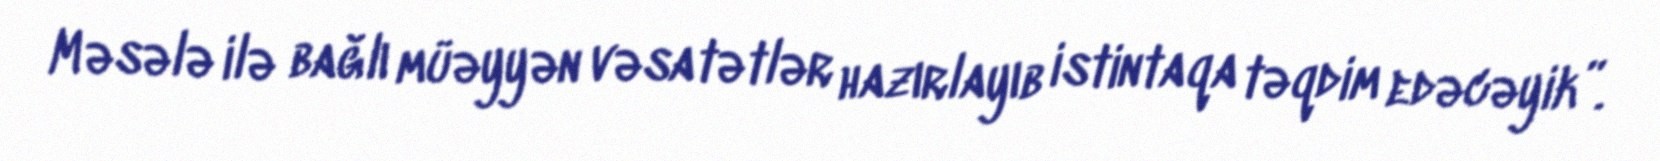
Məsələ ilə bağlı müəyyən vəsatətlər hazırlayıb istintaqa təqdim edəcəyik”.